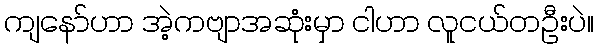
ကျနော်ဟာ အဲ့ကဗျာအဆုံးမှာ ငါဟာ လူငယ်တဦးပဲ။